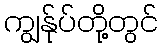
ကျွန်ုပ်တို့တွင်